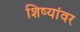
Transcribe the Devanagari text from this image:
शिष्यांवर